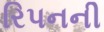
રિપનની